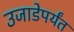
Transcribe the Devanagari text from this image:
उजाडेपर्यंत